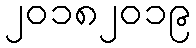
၂၀၁၈၂၀၁၉